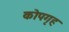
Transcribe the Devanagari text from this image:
कोपगृह